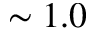
\sim 1 . 0